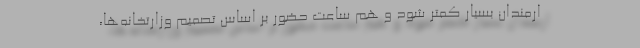
ارمندان بسیار کمتر شود و هم ساعت حضور بر اساس تصمیم وزارتخانه‌ها،